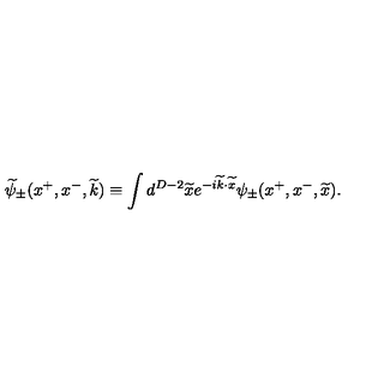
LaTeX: \widetilde { \psi } _ { \pm } ( x ^ { + } , x ^ { - } , \widetilde { k } ) \equiv \int d ^ { D - 2 } \widetilde { x } e ^ { - i \widetilde { k } \cdot \widetilde { x } } \psi _ { \pm } ( x ^ { + } , x ^ { - } , \widetilde { x } ) .